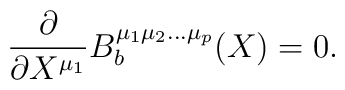
\frac{\partial}{\partial X^{\mu_1}}	B_{b}^{\mu_{1}\mu_{2}\ldots\mu_{p}}(X)	=	0.